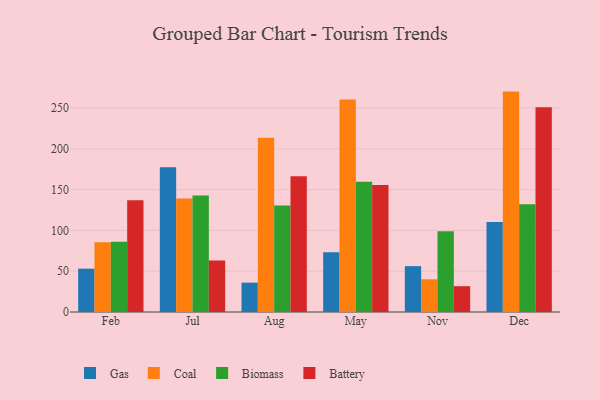
{"axis": {"x": "Month", "y": "Churn Rate (%)"}, "legend": ["Battery", "Biomass", "Coal", "Gas"], "data": [{"x": "Feb", "y": 53.1, "type": "Gas"}, {"x": "Feb", "y": 85.5, "type": "Coal"}, {"x": "Feb", "y": 86.2, "type": "Biomass"}, {"x": "Feb", "y": 136.9, "type": "Battery"}, {"x": "Jul", "y": 177.5, "type": "Gas"}, {"x": "Jul", "y": 139.2, "type": "Coal"}, {"x": "Jul", "y": 142.8, "type": "Biomass"}, {"x": "Jul", "y": 63.2, "type": "Battery"}, {"x": "Aug", "y": 36.0, "type": "Gas"}, {"x": "Aug", "y": 213.5, "type": "Coal"}, {"x": "Aug", "y": 130.4, "type": "Biomass"}, {"x": "Aug", "y": 166.4, "type": "Battery"}, {"x": "May", "y": 73.2, "type": "Gas"}, {"x": "May", "y": 260.3, "type": "Coal"}, {"x": "May", "y": 159.5, "type": "Biomass"}, {"x": "May", "y": 155.6, "type": "Battery"}, {"x": "Nov", "y": 56.2, "type": "Gas"}, {"x": "Nov", "y": 40.1, "type": "Coal"}, {"x": "Nov", "y": 98.9, "type": "Biomass"}, {"x": "Nov", "y": 31.6, "type": "Battery"}, {"x": "Dec", "y": 110.3, "type": "Gas"}, {"x": "Dec", "y": 270.1, "type": "Coal"}, {"x": "Dec", "y": 132.0, "type": "Biomass"}, {"x": "Dec", "y": 251.0, "type": "Battery"}]}